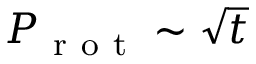
P _ { \mathrm { ~ r ~ o ~ t ~ } } \sim \sqrt { t }